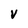
Character: V